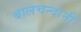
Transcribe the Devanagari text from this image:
बालचन्दानी